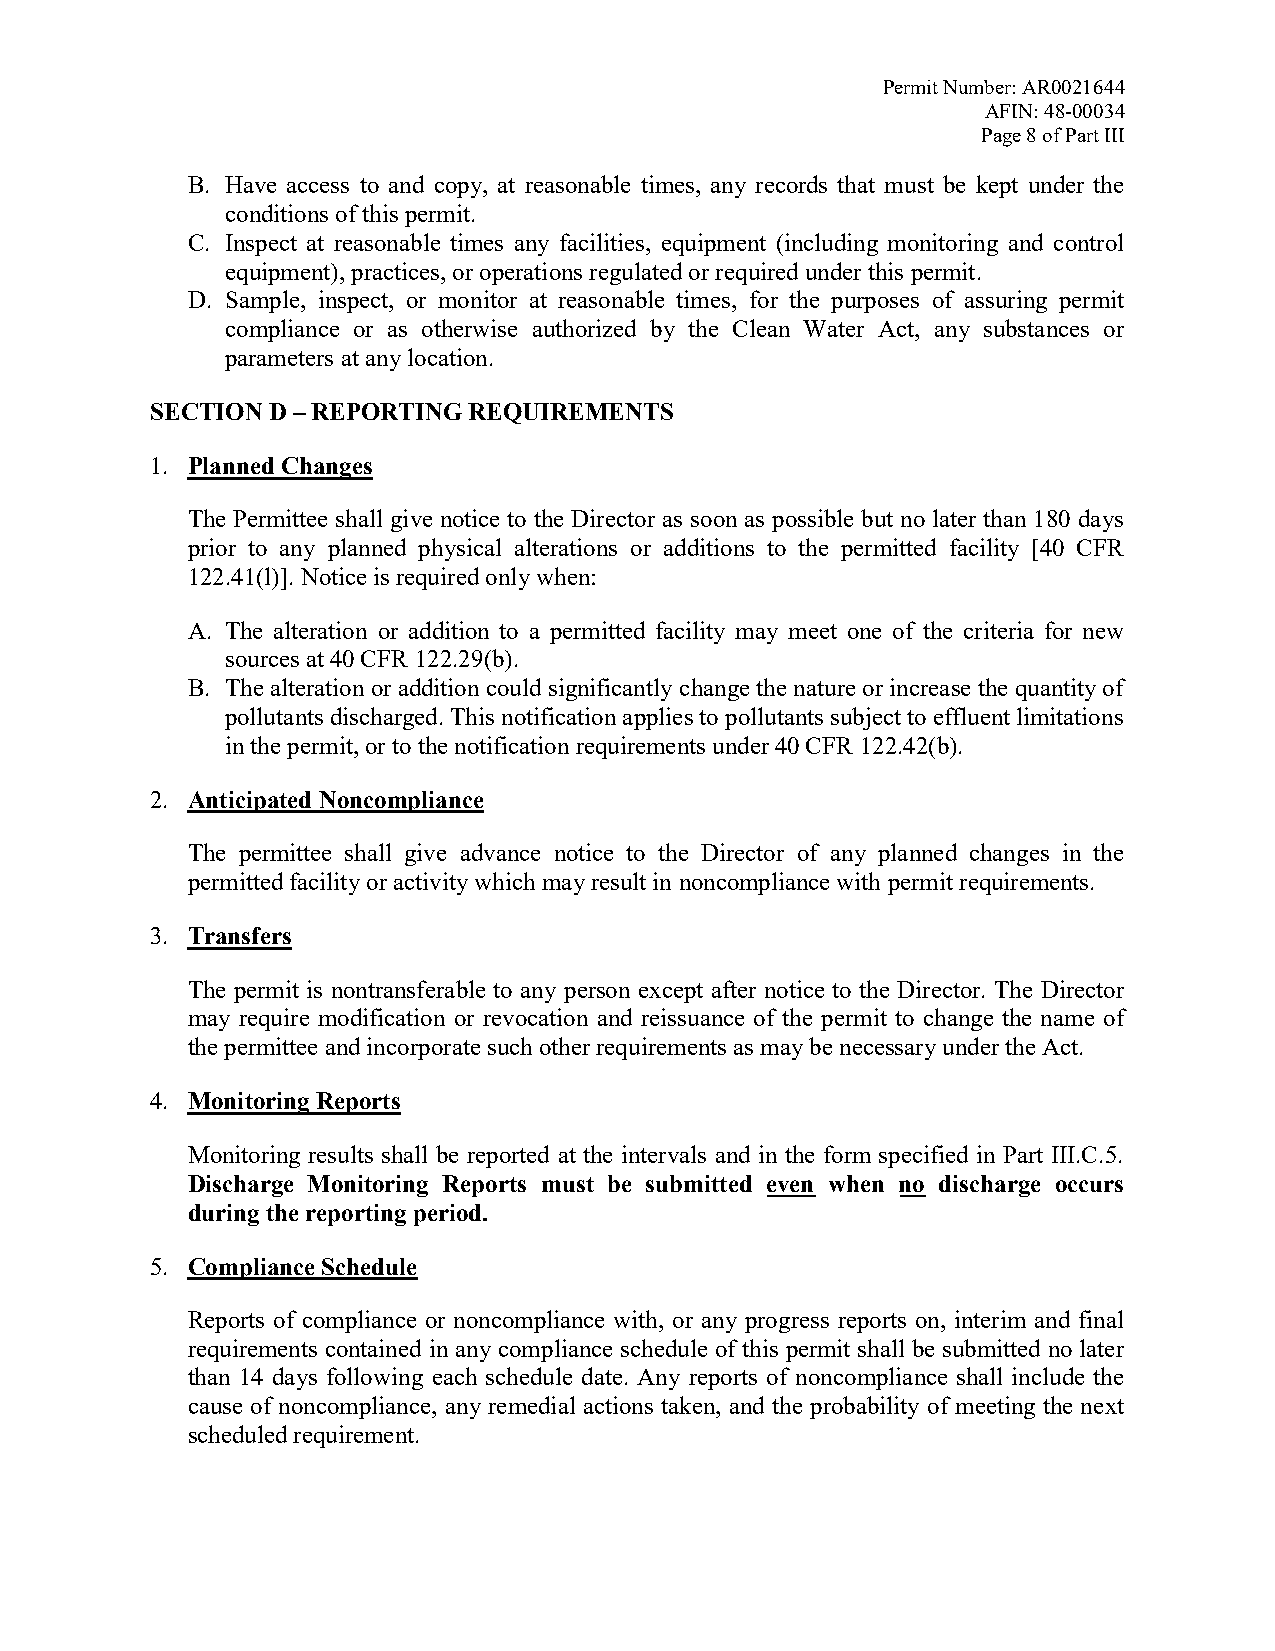
Permit Number: AR0021644
 AFIN: 48-00034
 Page 8 of Part III
 B. Have access to and copy, at reasonable times, any records that must be kept under the
 conditions of this permit.
 C. Inspect at reasonable times any facilities, equipment (including monitoring and control
 equipment), practices, or operations regulated or required under this permit.
 D. Sample, inspect, or monitor at reasonable times, for the purposes of assuring permit
 compliance or as otherwise authorized by the Clean Water Act, any substances or
 parameters at any location.
 SECTION D – REPORTING REQUIREMENTS
 1. Planned Changes
 The Permittee shall give notice to the Director as soon as possible but no later than 180 days
 prior to any planned physical alterations or additions to the permitted facility [40 CFR
 122.41(l)]. Notice is required only when:
 A. The alteration or addition to a permitted facility may meet one of the criteria for new
 sources at 40 CFR 122.29(b).
 B. The alteration or addition could significantly change the nature or increase the quantity of
 pollutants discharged. This notification applies to pollutants subject to effluent limitations
 in the permit, or to the notification requirements under 40 CFR 122.42(b).
 2. Anticipated Noncompliance
 The permittee shall give advance notice to the Director of any planned changes in the
 permitted facility or activity which may result in noncompliance with permit requirements.
 3. Transfers
 The permit is nontransferable to any person except after notice to the Director. The Director
 may require modification or revocation and reissuance of the permit to change the name of
 the permittee and incorporate such other requirements as may be necessary under the Act.
 4. Monitoring Reports
 Monitoring results shall be reported at the intervals and in the form specified in Part III.C.5.
 Discharge Monitoring Reports must be submitted even when no discharge occurs
 during the reporting period.
 5. Compliance Schedule
 Reports of compliance or noncompliance with, or any progress reports on, interim and final
 requirements contained in any compliance schedule of this permit shall be submitted no later
 than 14 days following each schedule date. Any reports of noncompliance shall include the
 cause of noncompliance, any remedial actions taken, and the probability of meeting the next
 scheduled requirement.